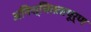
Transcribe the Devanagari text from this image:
अनिश्चिततापूर्ण